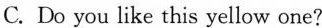
C.Do you like this yellow one?